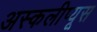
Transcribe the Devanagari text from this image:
अस्कलीप्यूस